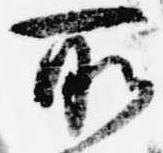
所